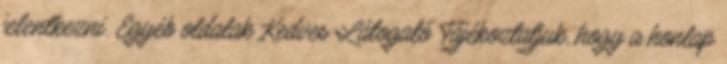
jelentkezni. Egyéb oldalak Kedves Látogató Tájékoztatjuk, hogy a honlap